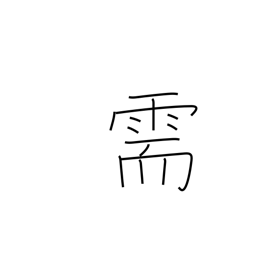
Meaning: request